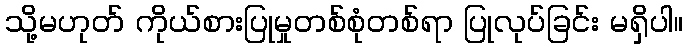
သို့မဟုတ် ကိုယ်စားပြုမှုတစ်စုံတစ်ရာ ပြုလုပ်ခြင်း မရှိပါ။